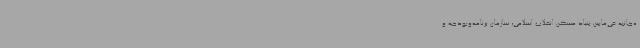
ه‌جانبه فی‌مابین بنیاد مسکن انقلاب اسلامی، سازمان برنامه‌وبودجه و